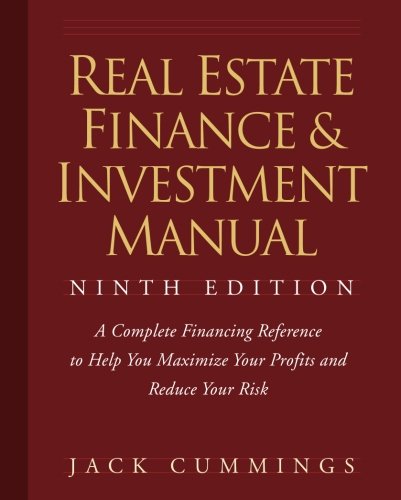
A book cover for Real Estate Finance and Investment Manual, 9 edition; Jack Cummings; Business & Money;